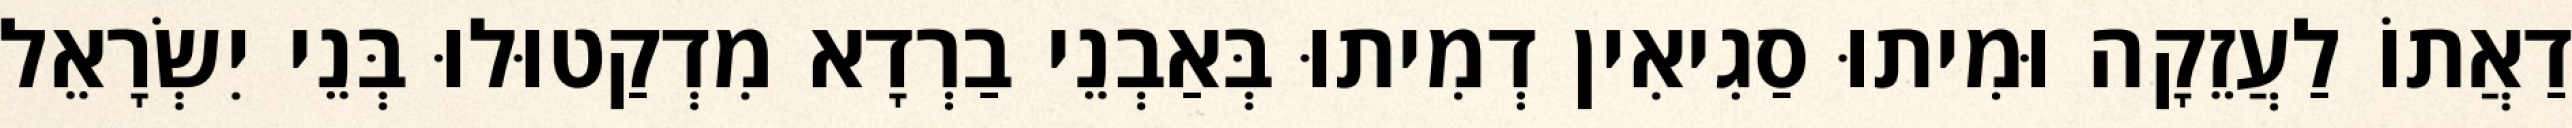
דַאֲתוֹ לַעֲזֵקָה וּמִיתוּ סַגִיאִין דְמִיתוּ בְּאַבְנֵי בַרְדָא מִדְקַטוּלוּ בְּנֵי יִשְׂרָאֵל